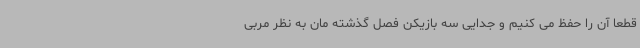
قطعا آن را حفظ می کنیم و جدایی سه بازیکن فصل گذشته مان به نظر مربی